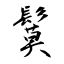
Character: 鬕